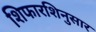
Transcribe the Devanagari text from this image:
शिफारशिनुसार